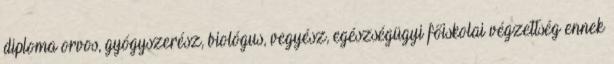
diploma orvos, gyógyszerész, biológus, vegyész, egészségügyi főiskolai végzettség ennek